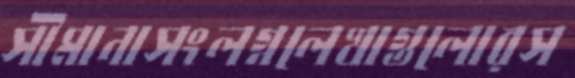
সীমানাসংলগ্নলেখাগুলোরস